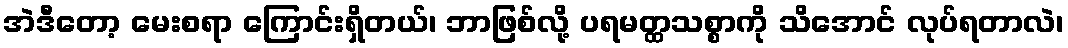
အဲဒီတော့ မေးစရာ ကြောင်းရှိတယ်၊ ဘာဖြစ်လို့ ပရမတ္ထသစ္စာကို သိအောင် လုပ်ရတာလဲ၊